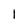
Character: l